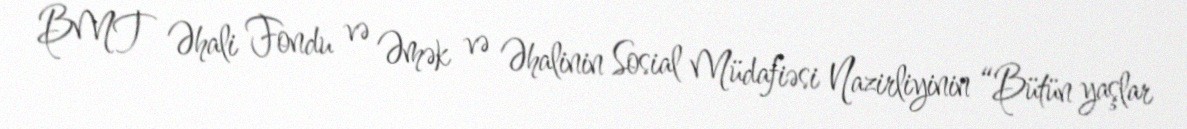
BMT Əhali Fondu və Əmək və Əhalinin Sosial Müdafiəsi Nazirliyinin “Bütün yaşlar